Senior Leaving Certificate Examination (including Day School Certificate (Higher) General paper), 1949
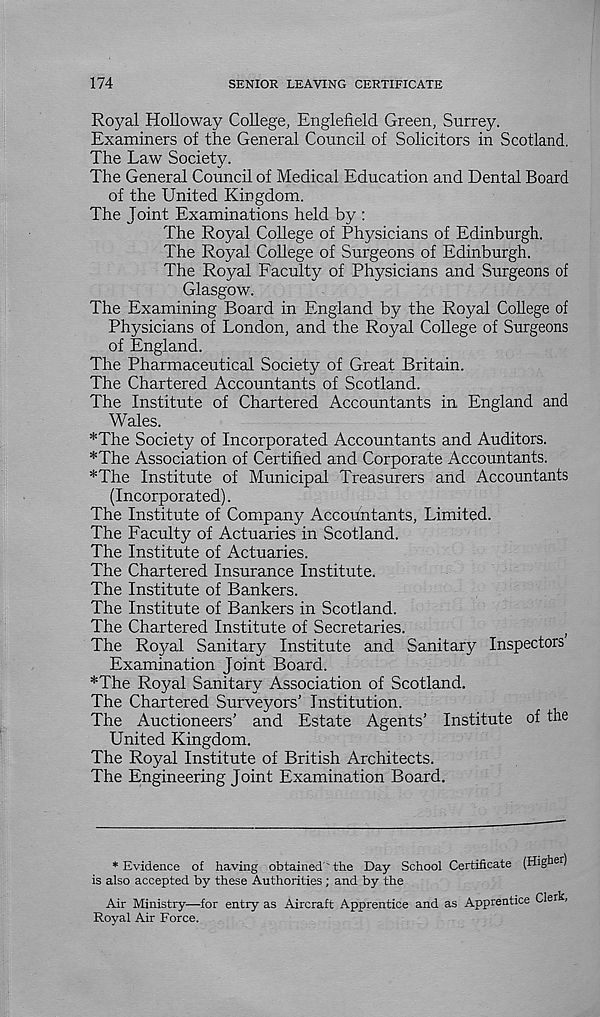
174
SENIOR LEAVING CERTIFICATE
Royal Holloway College, Englefield Green, Surrey.
Examiners of the General Council of Solicitors in Scotland.
The Law Society.
The General Council of Medical Education and Dental Board
of the United Kingdom.
The Joint Examinations held by :
The Royal College of Physicians of Edinburgh.
The Royal College of Surgeons of Edinburgh.
The Royal Faculty of Physicians and Surgeons of
Glasgow.
The Examining Board in England by the Royal College of
Physicians of London, and the Royal College of Surgeons
of England.
The Pharmaceutical Society of Great Britain.
The Chartered Accountants of Scotland.
The Institute of Chartered Accountants in England and
Wales.
*The Society of Incorporated Accountants and Auditors.
*The Association of Certified and Corporate Accountants.
*The Institute of Municipal Treasurers and Accountants
(Incorporated).
The Institute of Company Accountants, Limited.
The Faculty of Actuaries in Scotland.
The Institute of Actuaries.
The Chartered Insurance Institute.
The Institute of Bankers.
The Institute of Bankers in Scotland.
The Chartered Institute of Secretaries.
,
The Royal Sanitary Institute and Sanitary Inspectors
Examination Joint Board.
*The Royal Sanitary Association of Scotland,
The Chartered Surveyors’ Institution.
The Auctioneers’ and Estate Agents’ Institute of the
United Kingdom.
The Royal Institute of British Architects.
The Engineering Joint Examination Board.
* Evidence of having obtained ' the Day School Certificate (Higher)
is also accepted by these Authorities; and by the
Air Ministry—for entry as Aircraft Apprentice and as Apprentice Clerk,
Royal Air Force.